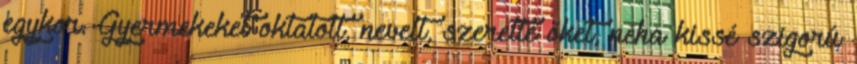
egykor. Gyermekeket oktatott, nevelt, szerette őket, néha kissé szigorú